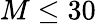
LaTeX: M\leq 30